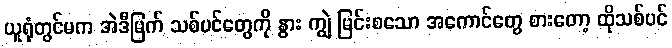
ယူရုံတွင်မက အဲဒီမြက် သစ်ပင်တွေကို နွား ကျွဲ မြင်းစသော အကောင်တွေ စားတော့ ထိုသစ်ပင်